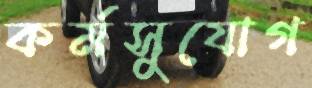
কর্মসুযোগ